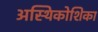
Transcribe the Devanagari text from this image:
अस्थिकोशिका